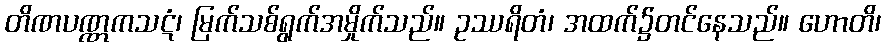
တိဏပဏ္ဏကသဋံ၊ မြက်သစ်ရွက်အမှိုက်သည်။ ဥဿရိတံ၊ အထက်၌တင်နေသည်။ ဟောတိ၊